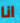
انا